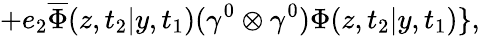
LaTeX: +e_{2}\overline{{{\Phi}}}(z,t_{2}|y,t_{1})({\gamma}^{0}\otimes{\gamma}^{0}){\Phi}(z,t_{2}|y,t_{1})\} ,